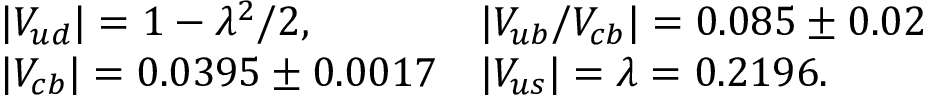
\begin{array} { l l } { { | V _ { u d } | = 1 - \lambda ^ { 2 } / 2 , } } & { { | V _ { u b } / V _ { c b } | = 0 . 0 8 5 \pm 0 . 0 2 } } \\ { { | V _ { c b } | = 0 . 0 3 9 5 \pm 0 . 0 0 1 7 } } & { { | V _ { u s } | = \lambda = 0 . 2 1 9 6 . } } \end{array}